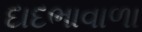
દાદભાવાળા